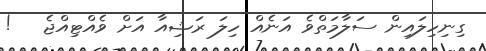
ގިނިހިލައިން ސަލާމަތްވެ އަނެއް ހިލަ ރަޝިއާ އަށް ވެއްޓިއްޖެ   !